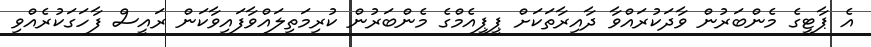
އެ ޕާޓީގެ މެންބަރުން ވާދަކުރައްވާ ދާއިރާތަކަށް ޕީޕީއެމްގެ މެންބަރުން ކުރިމަތިލައްވާފައިވާކަން ރައީސް ފާހަގަކުރެއްވި